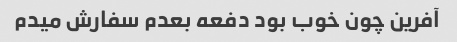
آفرین چون خوب بود دفعه بعدم سفارش میدم